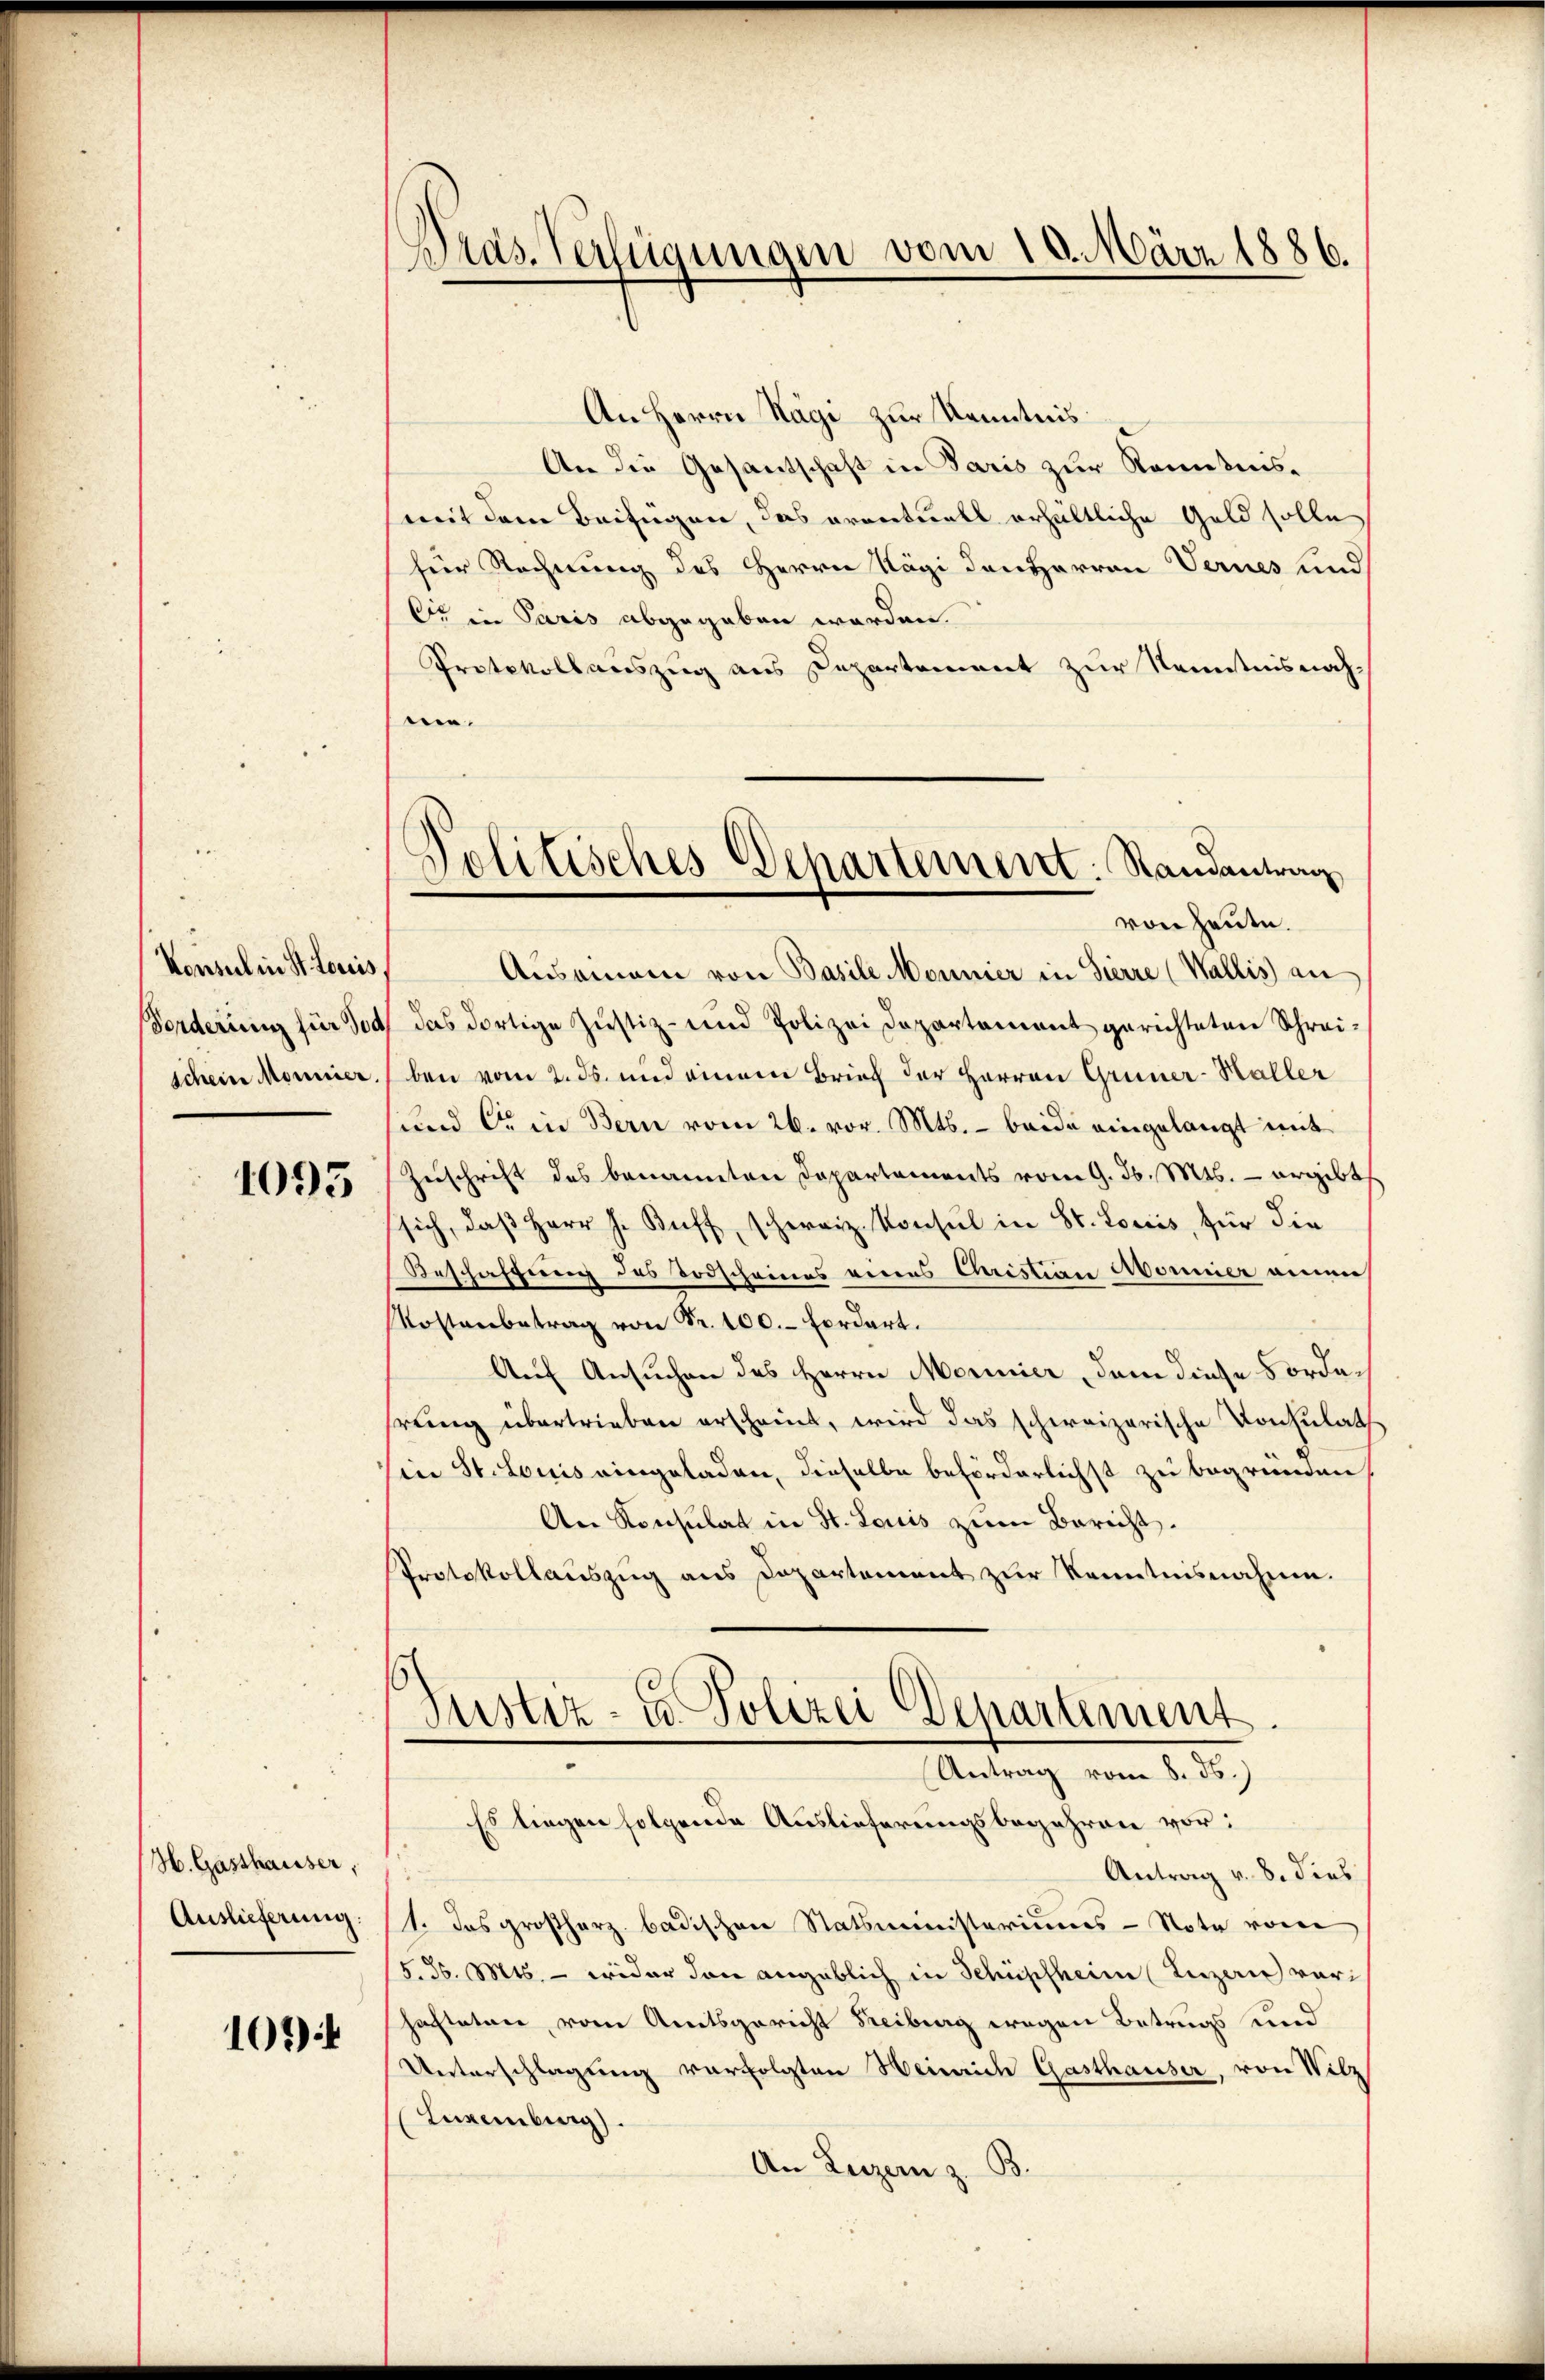
Konsul in St. Louis,
schein Monnier.

1093

H. Gasthauser,
Auslieferung:

103)

Pras. Verfügungen vom 10. März 1886.

An Herrn Hägi zur Kenntnis
An die Gesantschaft in Paris zur Kenntnismit dem Beifügen, das eventuell erhältliche Geld solle
für Rechnung des Herrn Kägi den Herren Vernes und
be in Paris abgegeben worden.
Protokollauszug aus Departement zur Kenntnisnah-
wen.
Auseinem von Basili Monnier in Sierre (Wallis an
Forderung für doch das dortige Justiz- und Polizei Departement gerichteten Schreiben vom 2. ds. und einem Brief der Herren Grüner-Haller
und er in Bern vom 26. vor. Mts. - beide eingelangt mit
Zuschrift des benannten Departements vom 9. d. Mts. – ergibt
(sich, daβ Herr J. Buff, schweiz. Konsul in St. Loriis, für die
Beschaffung des Todscheines eines Quistian Monnier anne
Kostenbetrag von Fr. 100. Fordert.
Auf Ansuchen des Herrn Merinier, dem diese Fordehrung übertrieben erscheint, wird das schweizerische Konsulat
Ein St. Louis eingeladen, dieselbe beförderlichst zu begründen
An Konsulat in St. Louis zum Bericht.
Protokollaŭszŭg ans Departement zŭr Kenntnisnahme.
Justiz- u. Polizei Departement.
Antrag vom 8. ds.
Es liegen folgende Auslieferungsbegehren vor:
Antrag v. 8. dies
1. Das großherz badischen Statsministeriums-Note von
15. 36. Mts. — wider dann angeblich in Schüpfheim (Luzerne vorhachteten vom Amtsgericht Freiburg wegen Betrugs und
Unterschlagung verfolgten Heinrich Gasthauser, von Wilz
Luxenburg.
An Luzern z. B.

Politisches Departement: Randantrag
von Heute.